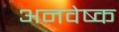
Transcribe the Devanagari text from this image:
अनवेष्क